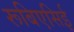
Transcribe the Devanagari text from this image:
रूबिएसिई